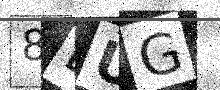
Text: 8LUG